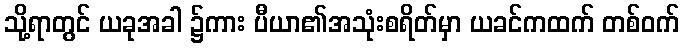
သို့ရာတွင် ယခုအခါ ၌ကား ပီယာ၏အသုံးစရိတ်မှာ ယခင်ကထက် တစ်ဝက်